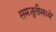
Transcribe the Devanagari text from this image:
समजुतीमध्ये